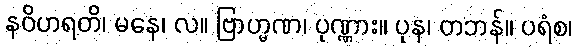
နဝိဟရတိ၊ မနေ၊ လ။ ဗြာဟ္မဏ၊ ပုဏ္ဏား။ ပုန၊ တဘန်။ ပရံစ၊